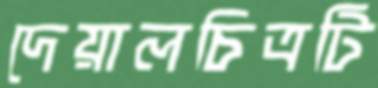
দেয়ালচিত্রটি